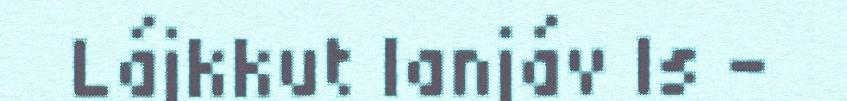
Lájkkut lanjáv ls -